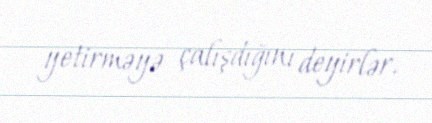
yetirməyə çalışdığını deyirlər.